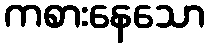
ကစားနေသော